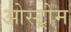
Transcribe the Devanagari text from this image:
ओस्ट्रोम